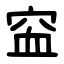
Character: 䆝